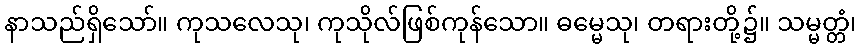
နာသည်ရှိသော်။ ကုသလေသု၊ ကုသိုလ်ဖြစ်ကုန်သော။ ဓမ္မေသု၊ တရားတို့၌။ သမ္မတ္တံ၊